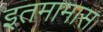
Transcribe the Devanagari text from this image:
इतमामास